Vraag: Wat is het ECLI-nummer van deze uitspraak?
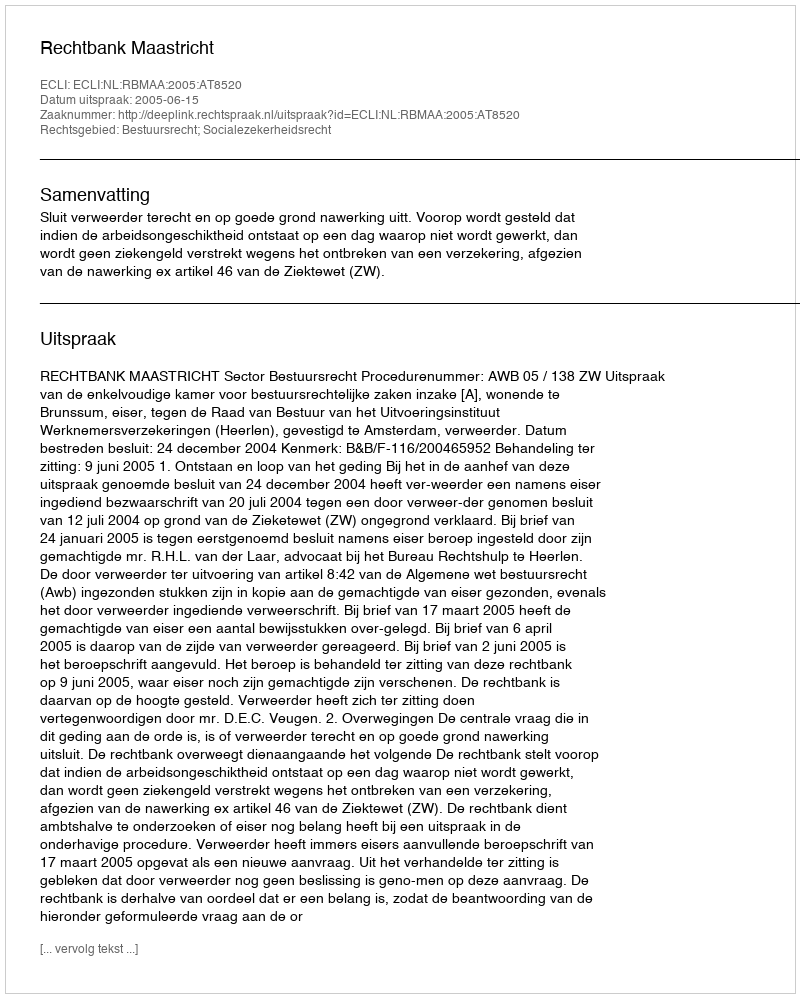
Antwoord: ECLI:NL:RBMAA:2005:AT8520